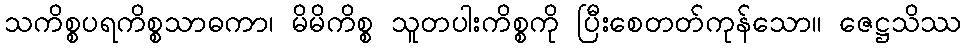
သကိစ္စပရကိစ္စသာဓကာ၊ မိမိကိစ္စ သူတပါးကိစ္စကို ပြီးစေတတ်ကုန်သော။ ဇေဋ္ဌသိဿ